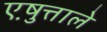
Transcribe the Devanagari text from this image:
एष़ुत्ताले